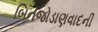
બિનજોડાણવાદની